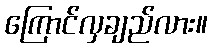
ကြောင်လှချည်လား။